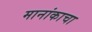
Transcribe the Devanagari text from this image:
मानांकाचा